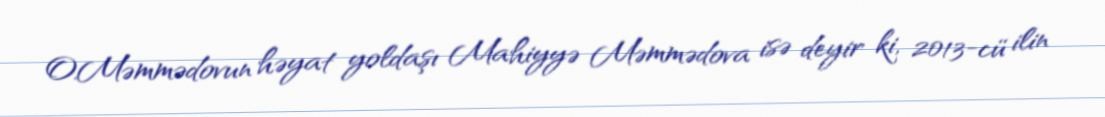
O.Məmmədovun həyat yoldaşı Mahiyyə Məmmədova isə deyir ki, 2013-cü ilin